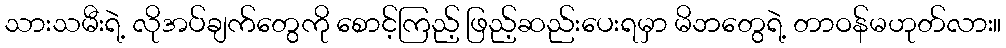
သားသမီးရဲ့ လိုအပ်ချက်တွေကို စောင့်ကြည့် ဖြည့်ဆည်းပေးရမှာ မိဘတွေရဲ့ တာဝန်မဟုတ်လား။